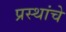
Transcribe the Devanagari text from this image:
प्रस्थांचे